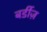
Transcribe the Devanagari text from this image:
बर्डीज़